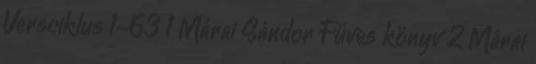
Versciklus 1-63 1 Márai Sándor Füves könyv 2 Márai